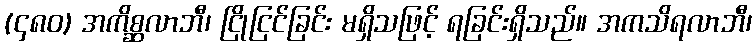
(၄၈၀) အကိစ္ဆလာဘီ၊ ငြိုငြင်ခြင်း မရှိသဖြင့် ရခြင်းရှိသည်။ အကသိရလာဘီ၊